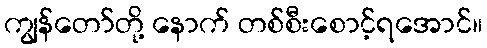
ကျွန်တော်တို့ နောက် တစ်စီးစောင့်ရအောင်။